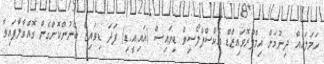
ހަމަލައެއް ދިނުމަށް އިމްޕްރޮވައިޒްޑް އެކްސްޕްލޯސިވް ޑިވައިސް (އައި.އީ.ޑި) ފަދަ ޑިިވައިޒް ބޭނުންކޮށްގެން ގޮއްވާލާފައިވާ